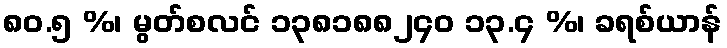
၈၀.၅ %၊ မွတ်စလင် ၁၃၈၁၈၈၂၄၀ ၁၃.၄ %၊ ခရစ်ယာန်